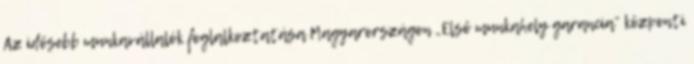
Az idősebb munkavállalók foglalkoztatása Magyarországon „Első munkahely garancia” központi